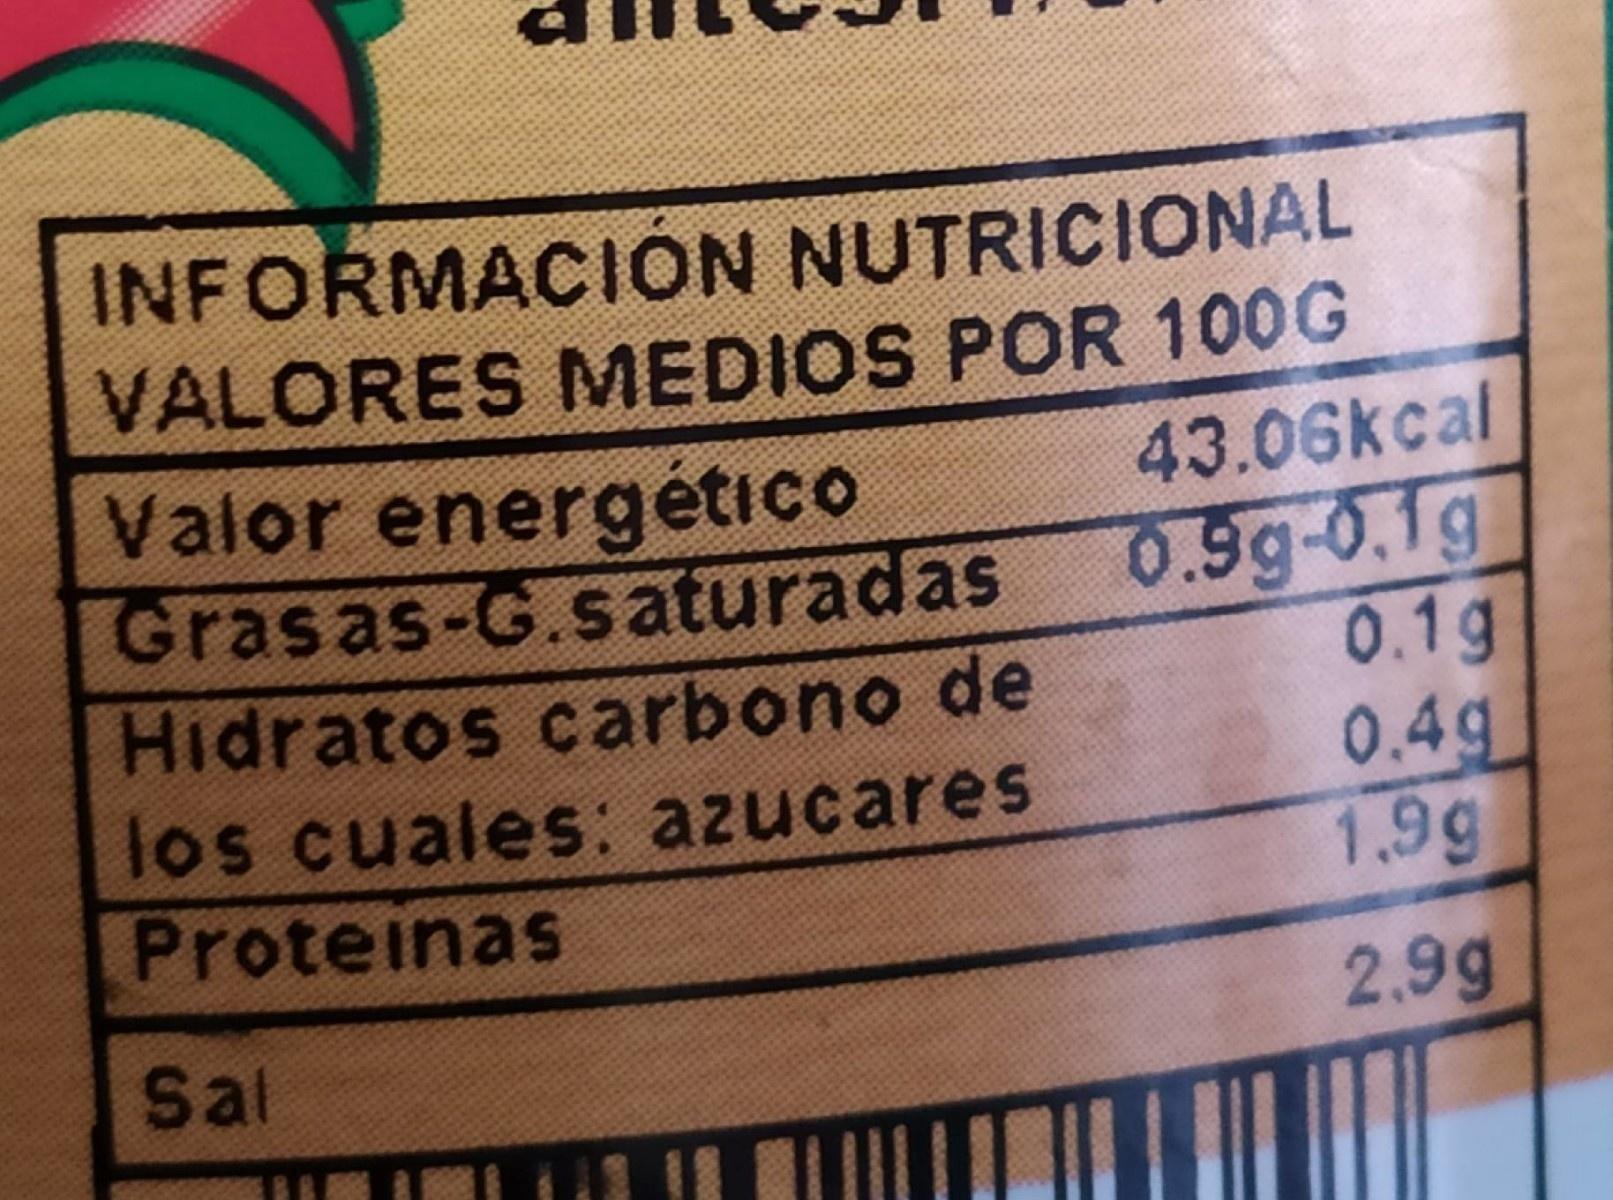
INFORMACIÓN NUTRICIONAL VALORES MEDIOS POR 100G Valor energético Grasas-G.saturadas Hidratos carbono de los cuales: azucares Proteinas
43.06kcal 0.9g-0.1g 0.1g 0.4g 1.9g
2.9g
Sal